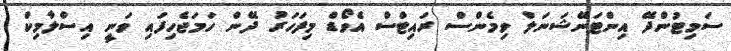
ސަމިޓުންދޭ އިންޓަނޭޝަނަލް ވިމެންސް ރައިޓްސް އެވޯޑް މިފަހަރު ދޭން ހަމަޖެހިފައި ވަނީ އިސްލާމިކް